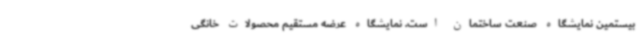
بیستمین نمایشگاه صنعت ساختمان است. نمایشگاه عرضه مستقیم محصولات خانگی